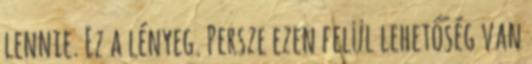
lennie. Ez a lényeg. Persze ezen felül lehetőség van